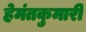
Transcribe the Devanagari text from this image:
हेमंतकुमारी